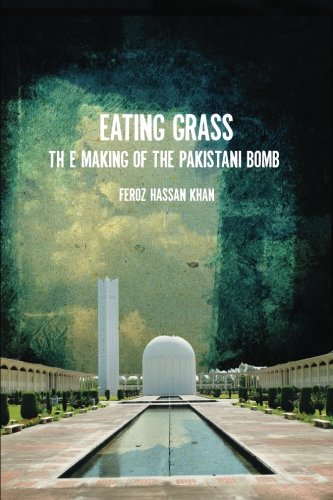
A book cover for Eating Grass: The Making of the Pakistani Bomb; Feroz Khan; History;